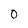
Character: 0